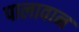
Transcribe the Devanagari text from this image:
पालावान